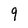
Character: q